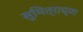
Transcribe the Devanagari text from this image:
सुमित्राच्या